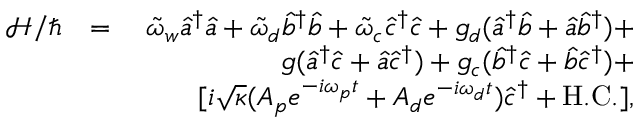
\begin{array} { r l r } { \mathcal { H } / \hbar } & { = } & { \tilde { \omega } _ { w } \hat { a } ^ { \dag } \hat { a } + \tilde { \omega } _ { d } \hat { b } ^ { \dag } \hat { b } + \tilde { \omega } _ { c } \hat { c } ^ { \dag } \hat { c } + g _ { d } ( \hat { a } ^ { \dag } \hat { b } + \hat { a } \hat { b } ^ { \dag } ) + } \\ & { \quad } & { g ( \hat { a } ^ { \dag } \hat { c } + \hat { a } \hat { c } ^ { \dag } ) + g _ { c } ( \hat { b } ^ { \dag } \hat { c } + \hat { b } \hat { c } ^ { \dag } ) + } \\ & { \quad } & { [ i \sqrt { \kappa } ( A _ { p } e ^ { - i \omega _ { p } t } + A _ { d } e ^ { - i \omega _ { d } t } ) \hat { c } ^ { \dag } + \mathrm { H . C . ] , } } \end{array}